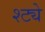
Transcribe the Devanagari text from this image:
श्ट्ये